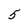
Character: 5